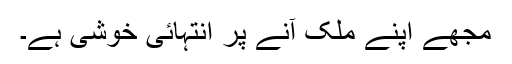
مجھے اپنے ملک آنے پر انتہائی خوشی ہے۔